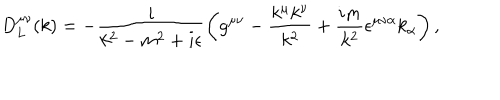
D _ { L } ^ { \mu \nu } ( k ) = - \frac { i } { k ^ { 2 } - m ^ { 2 } + i \epsilon } \left( g ^ { \mu \nu } - \frac { k ^ { \mu } k ^ { \nu } } { k ^ { 2 } } + \frac { i m } { k ^ { 2 } } \epsilon ^ { \mu \nu \alpha } k _ { \alpha } \right) ,